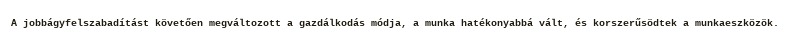
A jobbágyfelszabadítást követően megváltozott a gazdálkodás módja, a munka hatékonyabbá vált, és korszerűsödtek a munkaeszközök.